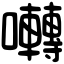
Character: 囀